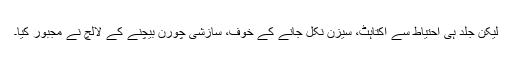
لیکن جلد ہی احتیاط سے اکتاہٹ، سیزن نکل جانے کے خوف، سازشی چورن بیچنے کے لالچ نے مجبور کیا۔